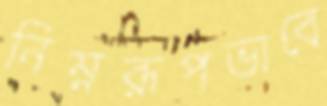
নিম্নরূপভাবে